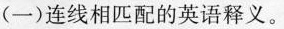
(一)连线相匹配的英语释义。